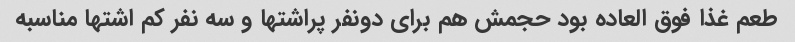
طعم غذا فوق العاده بود حجمش هم برای دونفر پراشتها و سه نفر کم اشتها مناسبه